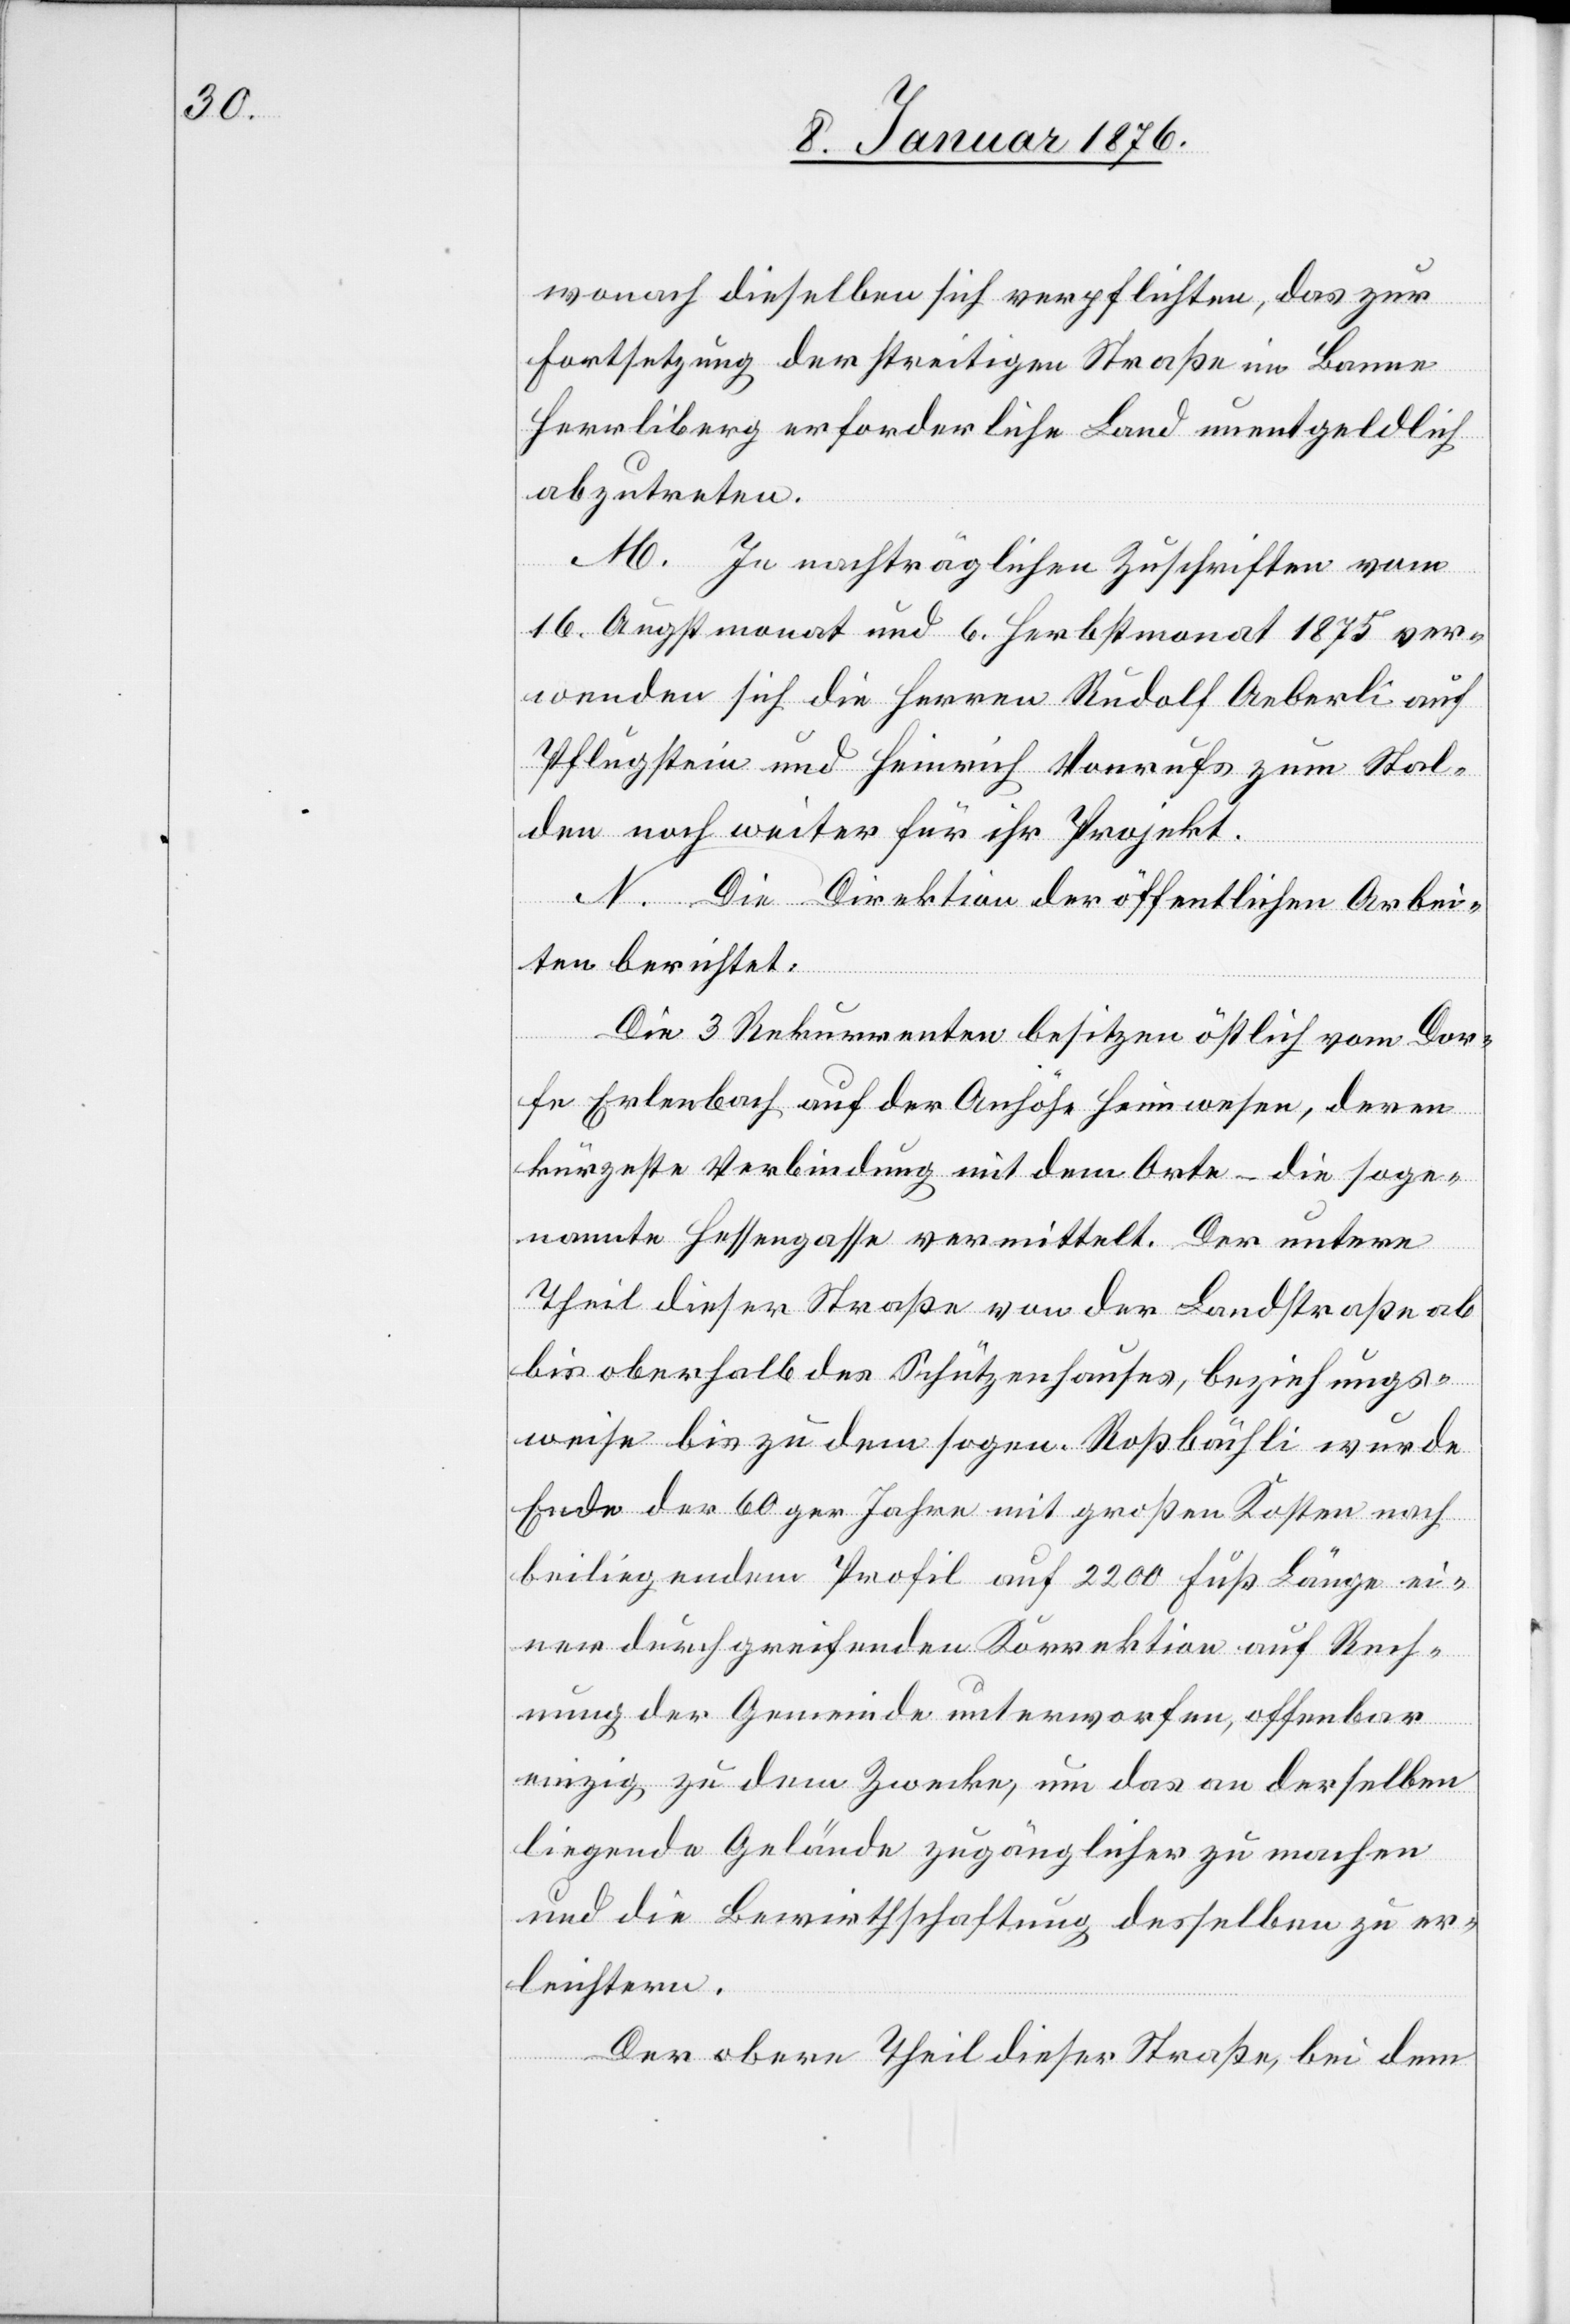
wonach dieselben sich verpflichten, das zur
Fortsetzung der streitigen Straße im Banne
Herrliberg erforderliche Land unentgeldlich
abzutreten.
M. In nachträglichen Zuschriften vom
16. Augstmonat und 6. Herbstmonat 1875 ver¬
wenden sich die Herren Rudolf Aeberli auf
Pflugstein und Heinrich Vonrufs zum Stal¬
den noch weiter für ihr Projekt.
N. Die Direktion der öffentlichen Arbei¬
ten berichtet:
Die 3 Rekurrenten besitzen östlich vom Dor¬
fe Erlenbach auf der Anhöhe Heimwesen, deren
kürzeste Verbindung mit dem Orte – die soge¬
nannte Hessengasse vermittelt. Der untere
Theil dieser Straße von der Landstraße ab
bis oberhalb des Schützenhauses, beziehungs¬
weise bis zu dem sogen. Roßbächli wurde
Ende der 60ger Jahre mit großen Kosten nach
beiliegendem Profil auf 2200 Fuß Länge ei¬
ner durchgreifenden Korrektion auf Rech¬
nung der Gemeinde unterworfen, offenbar
einzig zu dem Zwecke, um das an derselben
liegende Gelände zugänglicher zu machen
und die Bewirthschaftung desselben zu er¬
leichtern.
Der obere Theil dieser Straße, bei dem